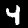
Digit: 4